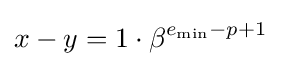
x-y=1\cdot \beta ^{e_{\mathrm {min} }-p+1}